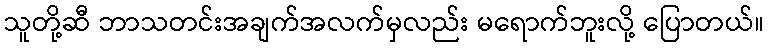
သူတို့ဆီ ဘာသတင်းအချက်အလက်မှလည်း မရောက်ဘူးလို့ ပြောတယ်။